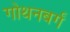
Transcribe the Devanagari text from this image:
गोथनबर्गं